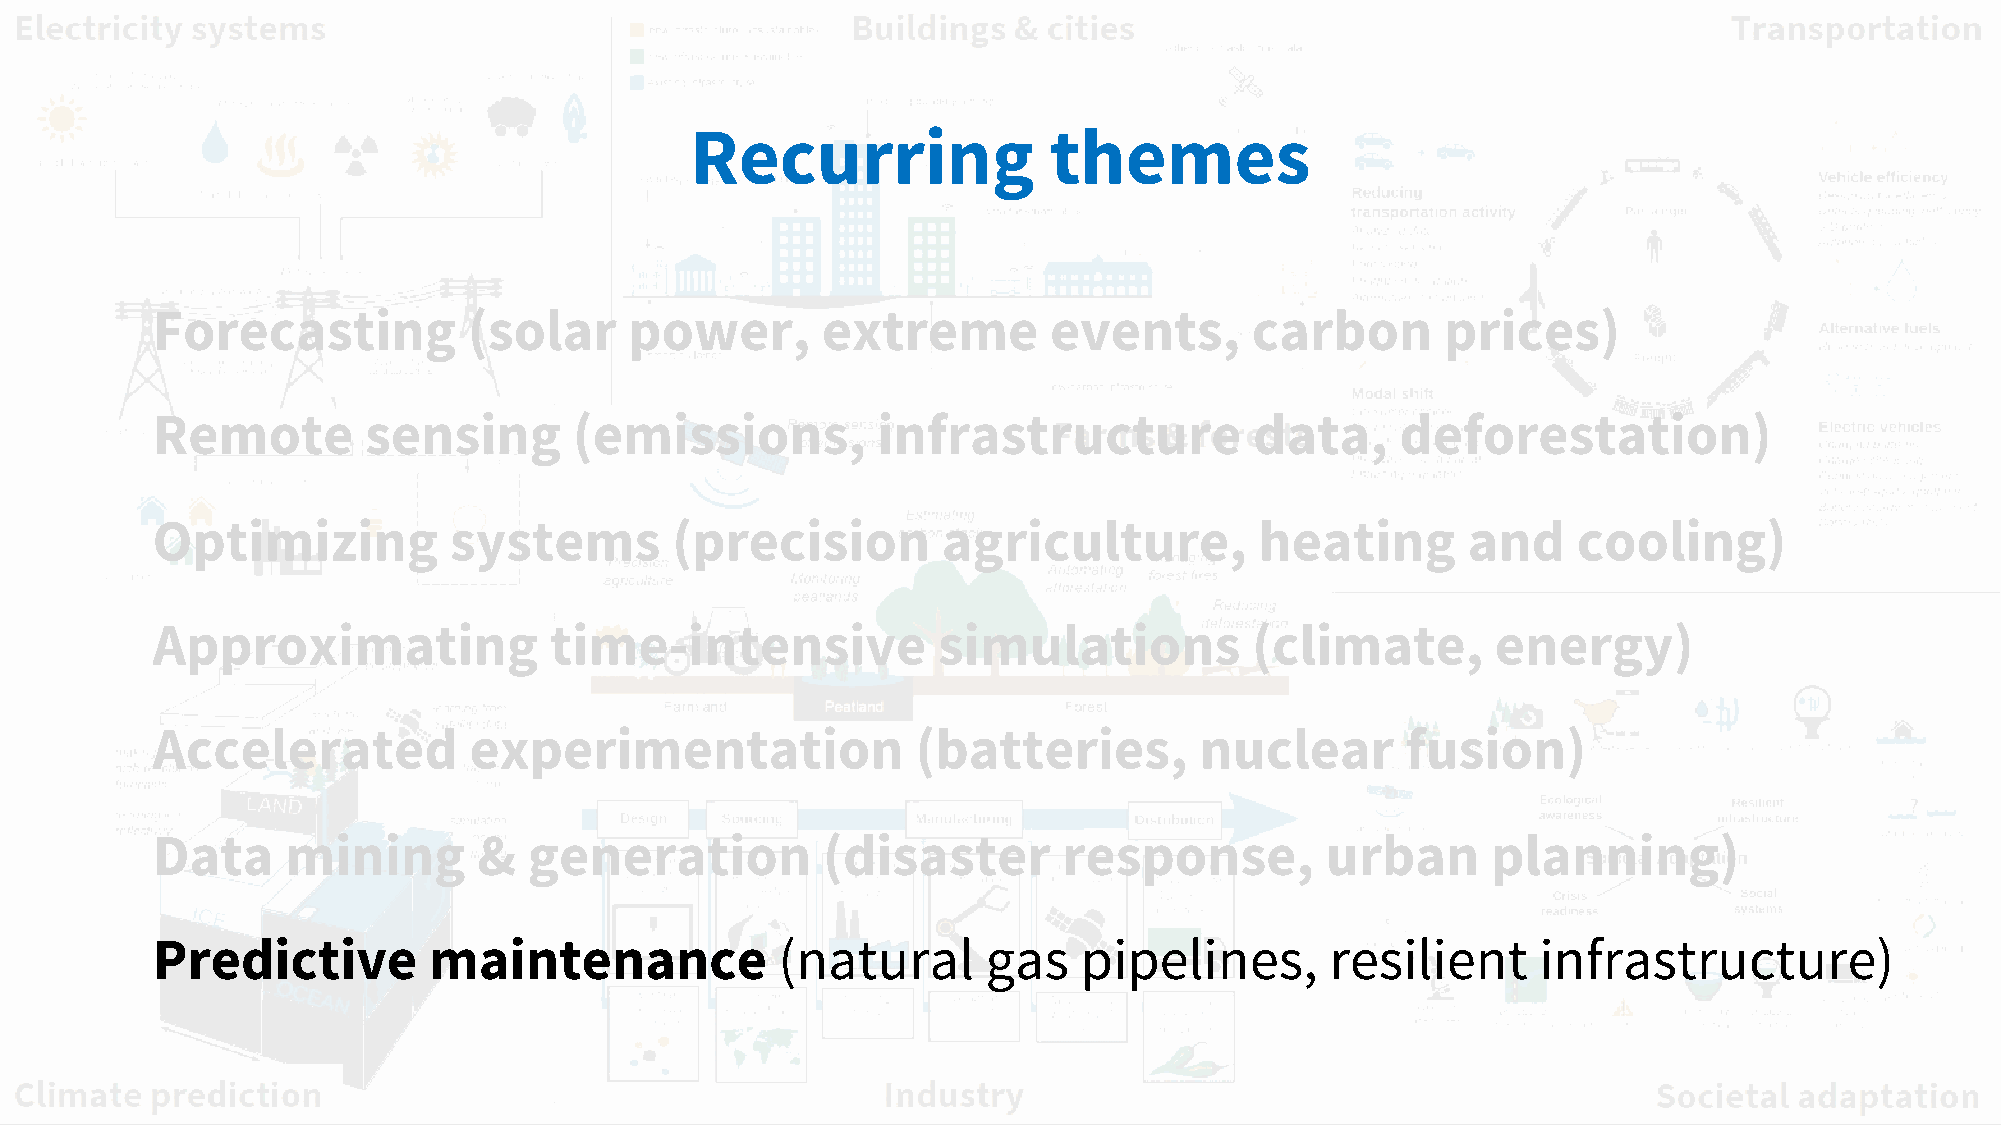
Recurring              themes
 Forecasting          (solar     power,      extreme        events,       carbon       prices)
 Remote        sensing       (emissions,         infrastructure           data,     deforestation)
 Optimizing          systems       (precision        agriculture,         heating       and    cooling)
 Approximating             time-intensive            simulations          (climate,       energy)
 Accelerated          experimentation               (batteries,       nuclear       fusion)
 Data     mining       &  generation         (disaster       response,         urban      planning)
 Predictive        maintenance             (natural     gas    pipelines,      resilient     infrastructure)